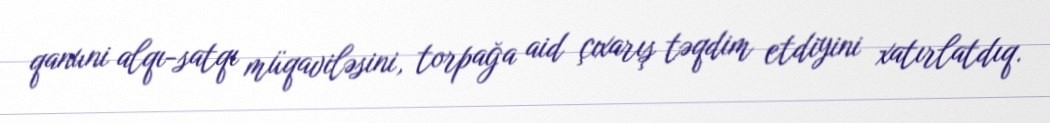
qanuni alqı-satqı müqaviləsini, torpağa aid çıxarış təqdim etdiyini xatırlatdıq.